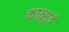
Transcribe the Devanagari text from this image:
कात्सुते